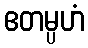
ဧတမ္ပဟံ